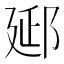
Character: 郔